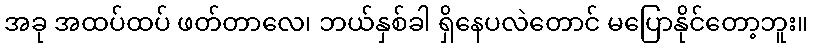
အခု အထပ်ထပ် ဖတ်တာလေ၊ ဘယ်နှစ်ခါ ရှိနေပလဲတောင် မပြောနိုင်တော့ဘူး။